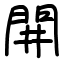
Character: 𨳩